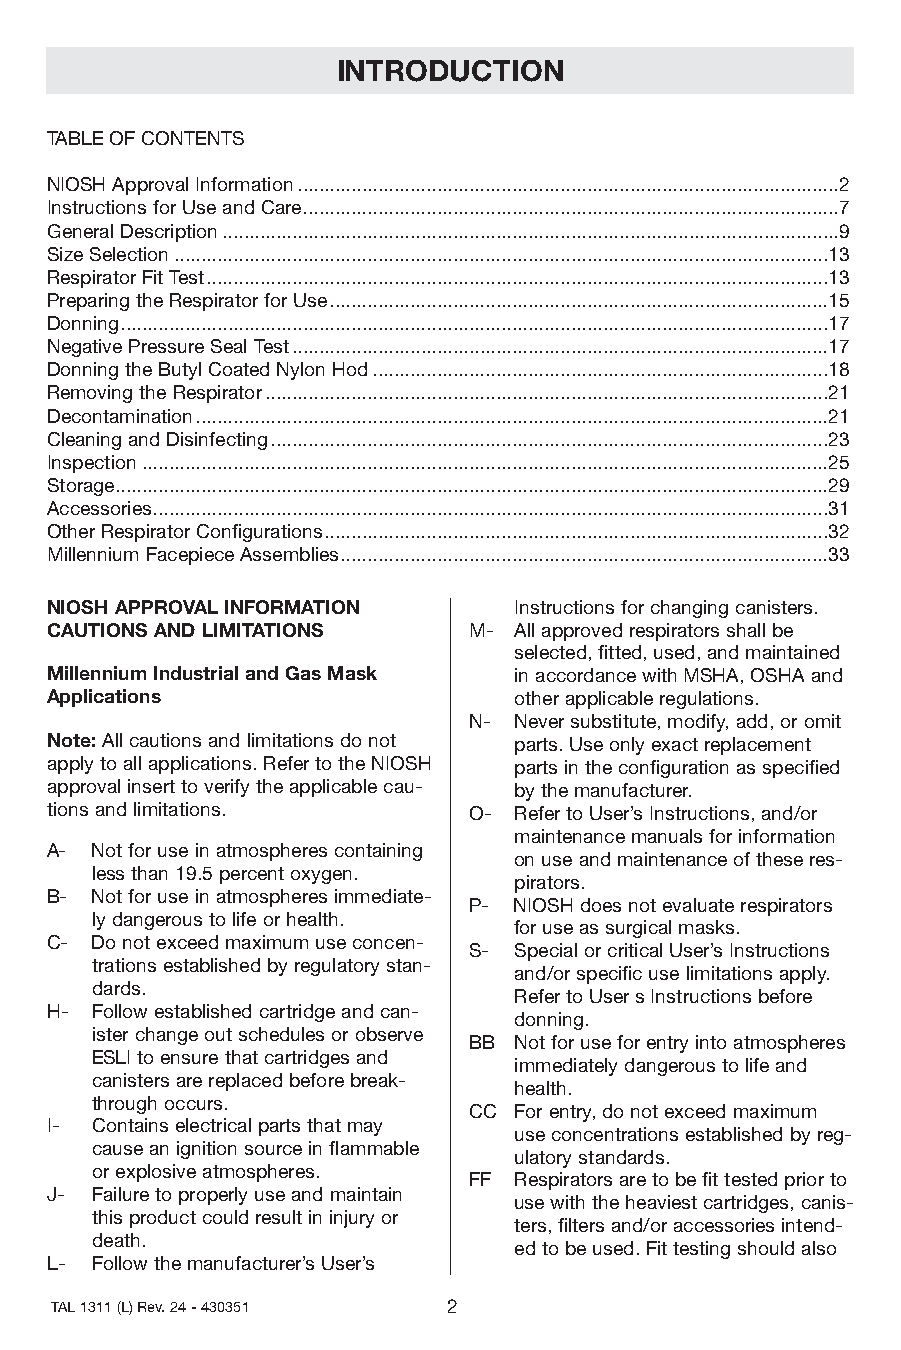
INTRODUCTION
 TABLEOFCONTENTS
 NIOSHApprovalInformation.....................................................................................................2
 InstructionsforUseandCare....................................................................................................7
 GeneralDescription...................................................................................................................9
 SizeSelection..........................................................................................................................13
 RespiratorFitTest....................................................................................................................13
 PreparingtheRespiratorforUse.............................................................................................15
 Donning....................................................................................................................................17
 NegativePressureSealTest....................................................................................................17
 DonningtheButylCoatedNylonHod.....................................................................................18
 RemovingtheRespirator.........................................................................................................21
 Decontamination......................................................................................................................21
 CleaningandDisinfecting........................................................................................................23
 Inspection................................................................................................................................25
 Storage.....................................................................................................................................29
 Accessories..............................................................................................................................31
 OtherRespiratorConfigurations..............................................................................................32
 MillenniumFacepieceAssemblies...........................................................................................33
 NIOSHAPPROVALINFORMATION       Instructionsforchangingcanisters.
 CAUTIONSANDLIMITATIONS      M- Allapprovedrespiratorsshallbe
 selected,fitted,used,andmaintained
 MillenniumIndustrialandGasMask inaccordancewithMSHA,OSHAand
 Applications                   otherapplicableregulations.
 N- Neversubstitute,modify,add,oromit
 Note:Allcautionsandlimitationsdonot parts.Useonlyexactreplacement
 applytoallapplications.RefertotheNIOSH partsintheconfigurationasspecified
 approvalinserttoverifytheapplicablecau- bythemanufacturer.
 tionsandlimitations.        O- RefertoUser’sInstructions,and/or
 maintenancemanualsforinformation
 A- Notforuseinatmospherescontaining
 onuseandmaintenanceoftheseres-
 lessthan19.5percentoxygen.
 pirators.
 B- Notforuseinatmospheresimmediate-
 P- NIOSHdoesnotevaluaterespirators
 lydangeroustolifeorhealth.
 foruseassurgicalmasks.
 C- Donotexceedmaximumuseconcen-
 S- SpecialorcriticalUser’sInstructions
 trationsestablishedbyregulatorystan-
 and/orspecificuselimitationsapply.
 dards.
 RefertoUsersInstructionsbefore
 H- Followestablishedcartridgeandcan-
 donning.
 isterchangeoutschedulesorobserve
 BB Notforuseforentryintoatmospheres
 ESLItoensurethatcartridgesand
 immediatelydangeroustolifeand
 canistersarereplacedbeforebreak-
 health.
 throughoccurs.
 CC Forentry,donotexceedmaximum
 I- Containselectricalpartsthatmay
 useconcentrationsestablishedbyreg-
 causeanignitionsourceinflammable
 ulatorystandards.
 orexplosiveatmospheres.
 FF Respiratorsaretobefittestedpriorto
 J- Failuretoproperlyuseandmaintain
 usewiththeheaviestcartridges,canis-
 thisproductcouldresultininjuryor
 ters,filtersand/oraccessoriesintend-
 death.
 edtobeused.Fittestingshouldalso
 L- Followthemanufacturer’sUser’s
 TAL1311(L)Rev.24-430351    2